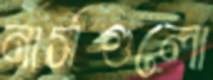
নার্সগুলো